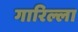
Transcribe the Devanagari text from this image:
गारिल्ला